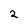
Character: 2